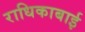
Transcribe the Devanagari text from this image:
राधिकाबाई